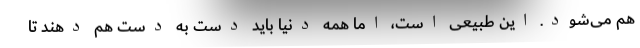
هم می‌شود. این طبیعی است، اما همه دنیا باید دست به دست هم دهند تا